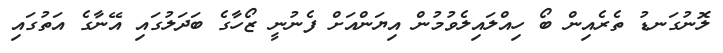
ލޮނުގަނޑު ތެރެއިން ބޯ ހިއްލައިލެވުމުން އިޔަންއަށް ފެނުނީ ޒޯހާގެ ބަދަލުގައި އޭނާގެ އަތުގައި